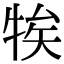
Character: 㸻